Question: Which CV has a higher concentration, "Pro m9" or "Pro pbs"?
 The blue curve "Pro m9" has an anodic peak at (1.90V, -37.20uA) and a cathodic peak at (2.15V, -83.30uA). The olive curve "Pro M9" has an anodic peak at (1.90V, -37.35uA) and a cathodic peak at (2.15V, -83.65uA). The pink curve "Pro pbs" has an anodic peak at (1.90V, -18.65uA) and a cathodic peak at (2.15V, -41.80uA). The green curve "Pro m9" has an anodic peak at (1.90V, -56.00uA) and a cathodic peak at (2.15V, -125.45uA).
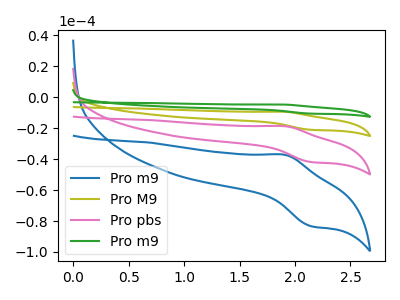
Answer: <think>All the peaks in "Pro m9" have a peak in "Pro pbs" at the same potential.
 </think>
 <answer>I cant tell if "Pro m9" or "Pro pbs" has higher concentration.</answer>
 <eval>mixed_concentration</eval>